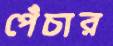
পেঁচার